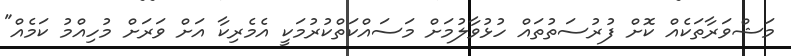
މަޝްވަރާތަކެއް ކޮށް ފުރުސަތުތައް ހުޅުވާލުމަށް މަސައްކަތްކުރުމަކީ އެމެރިކާ އަށް ވަރަށް މުހިއްމު ކަމެއް"